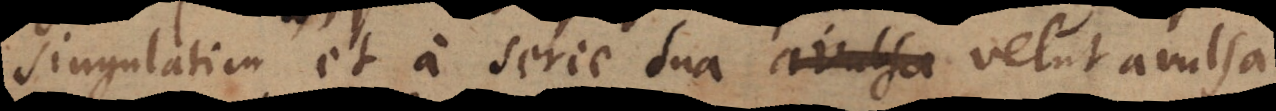
singulatim et a serie sua _ velut avulsa